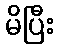
မိပြီး